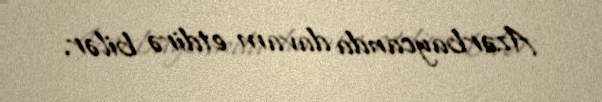
Azərbaycanda davam etdirə bilər.